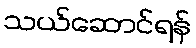
သယ်ဆောင်ရန်